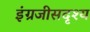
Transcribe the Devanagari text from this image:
इंग्रजीसदृश्य